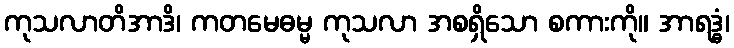
ကုသလာတိအာဒိ၊ ကတမေဓမ္မ ကုသလာ အစရှိသော စကားကို။ အာရဒ္ဓံ၊